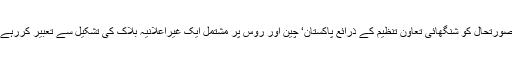
اس صورتحال کو شنگھائی تعاون تنظیم کے ذرائع پاکستان‘ چین اور روس پر مشتمل ایک غیراعلانیہ بلاک کی تشکیل سے تعبیر کررہے ہیں۔